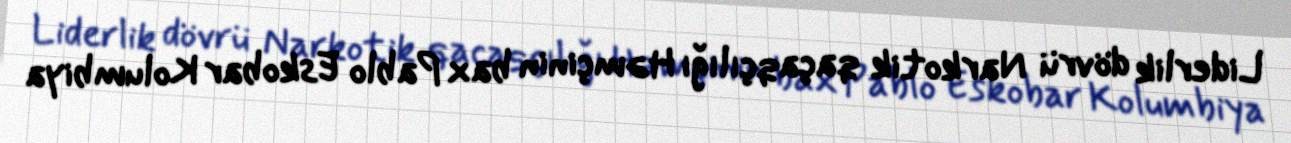
Liderlik dövrü Narkotik qaçaqçılığı Həmçinin bax Pablo Eskobar Kolumbiya